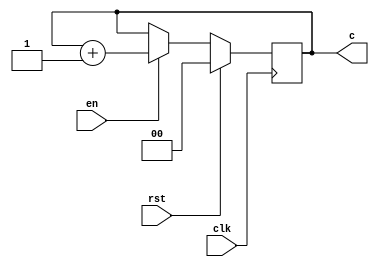
module counter(clk,rst,en,c);
  input clk,rst,en;
  output [1:0] c;
  reg [1:0] c;
  always @(posedge (clk))
  begin
    if(rst==1)
    c = 2'b00;
    else if(en==1)
    c = c+1;
  end
endmodule